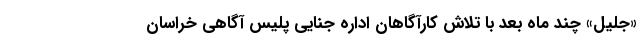
«جلیل» چند ماه بعد با تلاش کارآگاهان اداره جنایی پلیس آگاهی خراسان